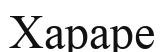
Хараре